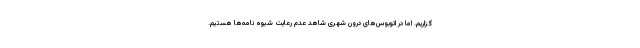
گزاریم. اما در اتوبوس‌های درون شهری شاهد عدم رعایت شیوه نامه‌ها هستیم.